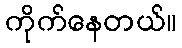
ကိုက်နေတယ်။